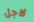
لاجل